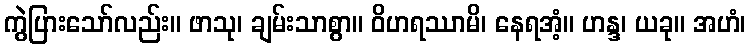
ကွဲပြားသော်လည်း။ ဖာသု၊ ချမ်းသာစွာ။ ဝိဟရဿာမိ၊ နေရအံ့။ ဟန္ဒ၊ ယခု။ အဟံ၊